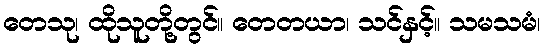
တေသု၊ ထိုသူတို့တွင်။ တေတယာ၊ သင်နှင့်။ သမသမံ၊